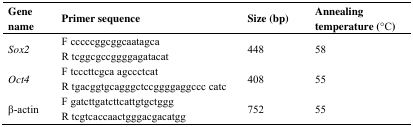
<table><thead><tr><td><b>Gene name</b></td><td><b>Primer sequence</b></td><td><b>Size (bp)</b></td><td><b>Annealing temperature (°C)</b></td></tr></thead><tbody><tr><td><i>Sox2</i></td><td>F cccccggcggcaatagcaR tcggcgccggggagatacat</td><td>448</td><td>58</td></tr><tr><td><i>Oct4</i></td><td>F tcccttcgca agccctcatR tgacggtgcagggctccggggaggccc catc</td><td>408</td><td>55</td></tr><tr><td>β-actin</td><td>F gatcttgatcttcattgtgctgggR tcgtcaccaactgggacgacatgg</td><td>752</td><td>55</td></tr></tbody></table>